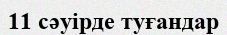
11 сәуірде туғандар